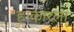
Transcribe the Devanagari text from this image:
हाकारला